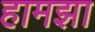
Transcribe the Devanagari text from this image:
हामझा